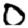
Digit: 0